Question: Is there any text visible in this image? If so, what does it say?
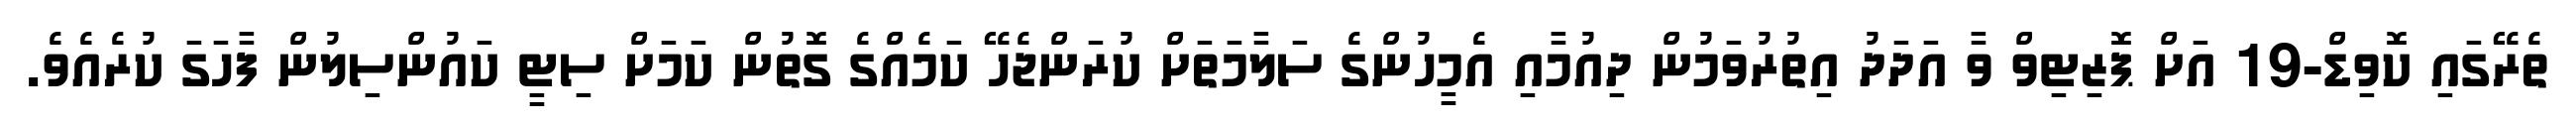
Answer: ތެރޭގައި ކޮވިޑް-19 އަށް ޕޮޒިޓިވް ވާ އަދަދު އިތުރުވަމުން ދިއުމާއި އެމީހުންގެ ސަލާމަތަށް ކުރަންޖެހޭ ކަމެއްގެ ގޮތުން ކަމަށް ސިޓީ ކައުންސިލުން ފާހަގަ ކުރެއެވެ.